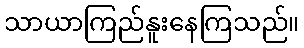
သာယာကြည်နူးနေကြသည်။